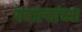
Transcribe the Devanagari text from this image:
गबाल्यांच्या